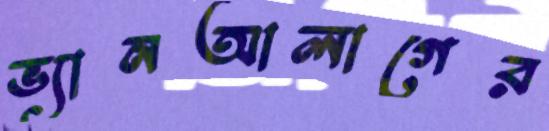
ভ্যানআলাগের